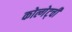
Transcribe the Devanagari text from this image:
कोल्गेट्ची